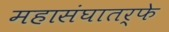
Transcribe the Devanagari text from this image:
महासंघातर्फे